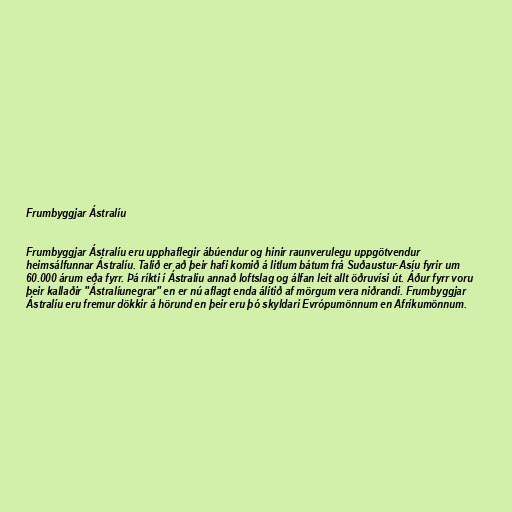
Frumbyggjar Ástralíu

Frumbyggjar Ástralíu eru upphaflegir ábúendur og hinir raunverulegu uppgötvendur
heimsálfunnar Ástralíu. Talið er að þeir hafi komið á litlum bátum frá Suðaustur-Asíu fyrir um
60.000 árum eða fyrr. Þá ríkti í Ástralíu annað loftslag og álfan leit allt öðruvísi út. Áður fyrr voru
þeir kallaðir "Ástralíunegrar" en er nú aflagt enda álitið af mörgum vera niðrandi. Frumbyggjar
Ástralíu eru fremur dökkir á hörund en þeir eru þó skyldari Evrópumönnum en Afríkumönnum.